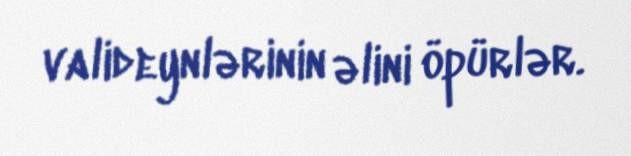
valideynlərinin əlini öpürlər.